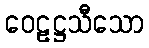
ဝေဠဋ္ဌသီသော